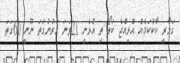
ގަމާރީ ކާކުކަމެއް އޮޅިއްޖެ ކަލޯ ތި އުޅެނީ 21ވަނަ ގަރުނުގަތަ ނޫނީ 60ގަތަ